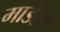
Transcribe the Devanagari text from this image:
माडेलों